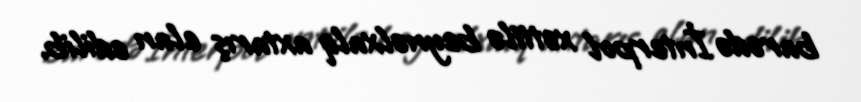
barədə İnterpol xəttilə beynəlxalq axtarış elan edilib.